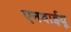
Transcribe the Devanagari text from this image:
एनवाईयू